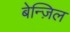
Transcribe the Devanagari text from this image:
बेन्ज़िल